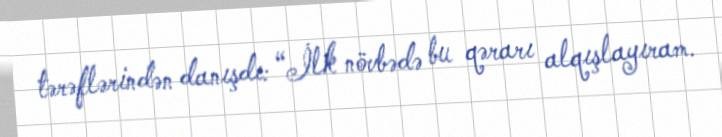
tərəflərindən danışdı: “İlk növbədə bu qərarı alqışlayıram.